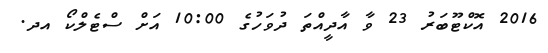
2016 އޮކްޓޫބަރު 23 ވާ އާދީއްތަ ދުވަހުގެ 10:00 އަށް ސްޓެލްކޯ އދ.